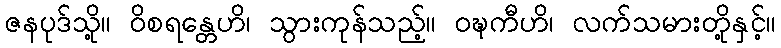
ဇနပုဒ်သို့။ ဝိစရန္တေဟိ၊ သွားကုန်သည့်။ ဝဍ္ဎကီဟိ၊ လက်သမားတို့နှင့်။